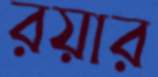
রয়ার